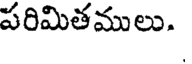
పరిమితములు.